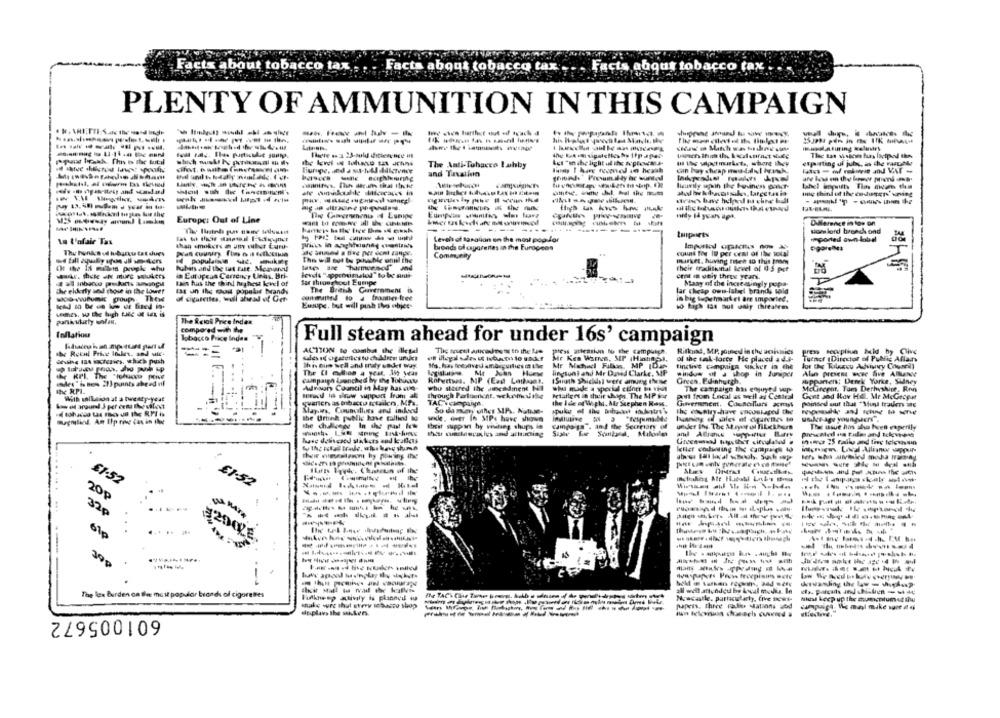
Facts about tobacco tax
Facts about tobacco tax
Facts about tobacco tax :
PLENTY OF AMMUNITION IN THIS CAMPAIGN
--------
The Anti-Tobacco Lubby
exporting of juhs, as the rarchie
and Taxation
lano [ bog romed in heath
------- and VAT-
licavily spin the Bosiness doct-
-------
-------
midy Id years ips.
Europe: Out of Line
Difference in tos on
----- -------
Hors lord bronch ond
tuparts
In L'afaie Tax
Levels of taralion on the most pop lor
imported own-label
The hunkcs ud hubgrau tat dues
brands of caparentes in the European
count fog ID per cent of the total
Imported opis po
The will not to povable until the
Commceny
14 population sac. ukE
market. huving mien so this Brown
hubats and the tt Este. Micavanou
their tradithinal level of 0.5 pct
in European Cartoncy Uels, Bri-
cet I ubiy three years.
Bain has the thin highest level of
Sar throughout Eumpe
The British Government 6
Many of the increasingly pops.
The ekkorly wood chose in the Lower
Ist un the most popular brands
lar cheap own-label brands sold
woo wufunkt groups. These
M cigarettes, well ahead of Ger
in big Sophiakei are Imported.
Eusupe, but will pinh tho objet-
The Reins Price Index
compared with the
Inflation
Tobacco Price Inden
Full steam ahead for under 16s' campaign
the Recul Price losles, and wie-
ACTION to combat the illetal
press attention to the campusch.
Rilkund, MP. joues in the achmies
press secupliun bild by Clive
Mr Kes Warren, MP (Highas).
of the wal-forte He placed a 4.P-
Turner (Director of Public Allan
This dum Bell and rady under way.
Ho, has fresaved ambiguities is the
Mr Michael Fulkis, MP ID
tingleve campaign sicher in che
The CI endlos a year, Wo yeas
lington? and Mr Duved Clarke, MP
wilidow of a shop in Juripet
Aln present wwe five Alllanee
campaign trenched by the Tobias
Rotyetwas. MP (Ead Lathagak.
IStiuth Shickdsl were among thene
Green, Edinhurgh,
Apparten: Derek Yorke, Sidney
Mes h nes all points ahead of
Advisory Council in May has co-
who stored the Jicadinent Nil
The campaign ass enjoyed sup
MeCiteest, Tam Derhyshine, Ron
the RPI
Brudd 19 plnwww support from all
through Partuuncnt, uckemeu the
Ataflere in their shops. The MP Sor
Gont and How Hol. Me MeGroput
With siLeson at a twenty-yeat
Prut from Local as well as Centeal
May.ws, Councillues and indeed
So da mumy other MP .. Notuse-
the Ide of Wight, Mr Stephen Rass.
Government, Cousolluns amyt
the Urtek public hove callied to
Magmtinl Am Ilp rive Cas in the
wile. over Th MP. have shown
the challenge In the past few
theit support hy visiting shups in
under ity. The Mayer ol BiLeihers
The wsue hos sho heeft experily
- ----
haic deliscaed Makers and lotless
Iller coduring the campaign to
------ -
£1.52
£1-52
-------------
20 ₽
32p
-------
61p
200ZE
--------
-
The lax Burden on the most popular brands of cigarettes
wil keep up the mumentum of the
make sure that every tobacco shop
601005672